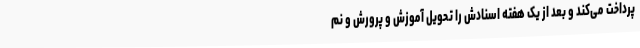
پرداخت می‌کند و بعد از یک هفته اسنادش را تحویل آموزش و پرورش و نم